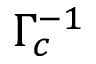
\Gamma _ { c } ^ { - 1 }